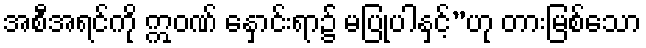
အစီအရင်ကို ဣဝဏ် နှောင်းရာ၌ မပြုပါနှင့်”ဟု တားမြစ်သော